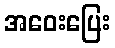
အဝေးပြေး